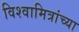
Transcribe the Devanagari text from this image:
विश्वामित्रांच्या